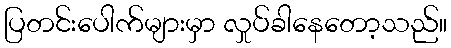
ပြတင်းပေါက်များမှာ လှုပ်ခါနေတော့သည်။